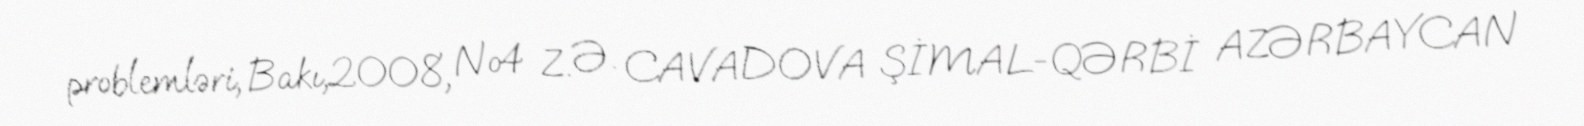
problemləri, Bakı,2008, №4 Z. Ə. CAVADOVA ŞİMAL-QƏRBİ AZƏRBAYCAN